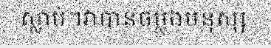
ស្លាប់។វាបានចម្លងមនុស្ស